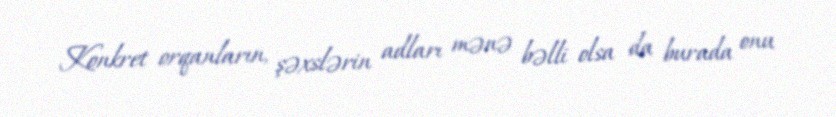
Konkret orqanların, şəxslərin adları mənə bəlli olsa da burada onu